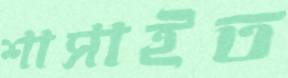
শাসাইত